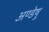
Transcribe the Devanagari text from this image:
अण्डेषु